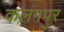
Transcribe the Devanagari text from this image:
कलंगपुर